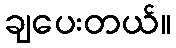
ချပေးတယ်။